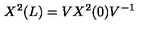
X ^ { 2 } ( L ) = V X ^ { 2 } ( 0 ) V ^ { - 1 }